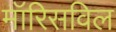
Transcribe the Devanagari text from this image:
मॉरिसविल